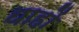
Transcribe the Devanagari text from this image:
थाहों